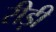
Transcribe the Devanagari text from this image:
रीड़ी